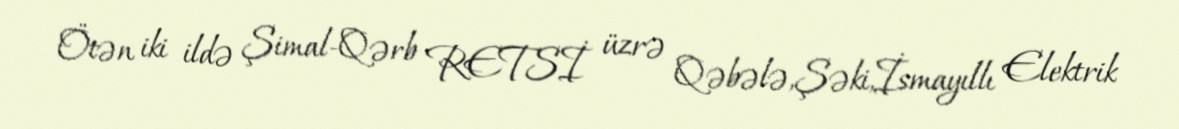
Ötən iki ildə Şimal-Qərb RETSİ üzrə Qəbələ,Şəki,İsmayıllı Elektrik